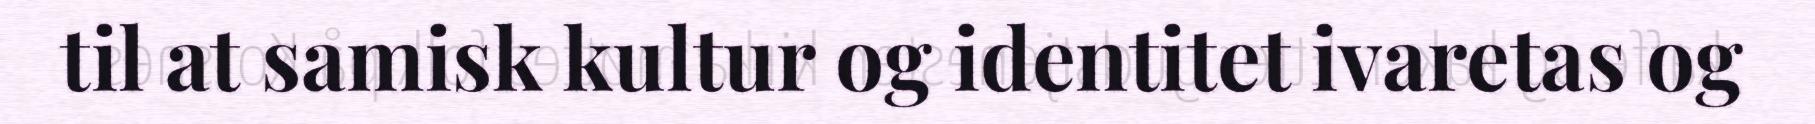
til at samisk kultur og identitet ivaretas og